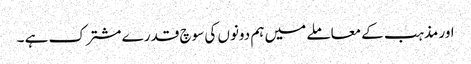
اور مذہب کے معاملے میں ہم دونوں کی سوچ قدرے مشترک ہے ۔